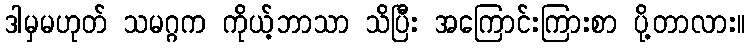
ဒါမှမဟုတ် သမဂ္ဂက ကိုယ့်ဘာသာ သိပြီး အကြောင်းကြားစာ ပို့တာလား။